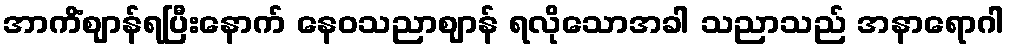
အာကိံဈာန်ရပြီးနောက် နေဝသညာဈာန် ရလိုသောအခါ သညာသည် အနာရောဂါ